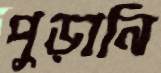
পুড়ানি